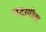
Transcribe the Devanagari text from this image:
पटलीत